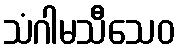
သံဂါမသီသေဝ